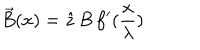
\vec { B } ( x ) = \hat { z } \, B \, f ^ { \prime } ( \frac { x } { \lambda } )